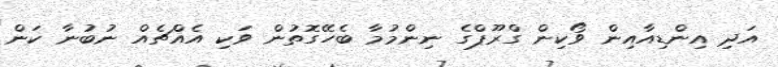
އަދި އިންޑިއާއިން ވޯކިން ގްރޫޕްގެ ނިންމުމާ ބެހޭގޮތުން ވަކި އެއްޗެއް ނުބުނާ ކަން